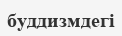
буддизмдегі